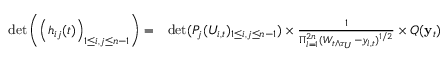
\begin{array} { r l } { \operatorname* { d e t } \left( \left( h _ { i j } ( t ) \right) _ { 1 \le i , j \le n - 1 } \right) = } & { \operatorname* { d e t } ( P _ { j } ( U _ { i , t } ) _ { 1 \le i , j \le n - 1 } ) \times \frac { 1 } { \Pi _ { l = 1 } ^ { 2 n } ( W _ { t \wedge \tau _ { U } } - y _ { l , t } ) ^ { 1 / 2 } } \times Q ( \mathbf { y } _ { t } ) } \end{array}